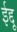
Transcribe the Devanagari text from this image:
ईद्दू